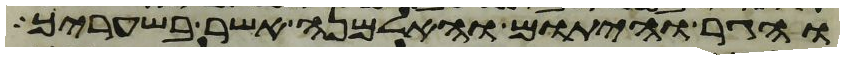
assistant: והגר והיתום והאלמנה אשר בשעריך